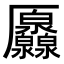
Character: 𠫐